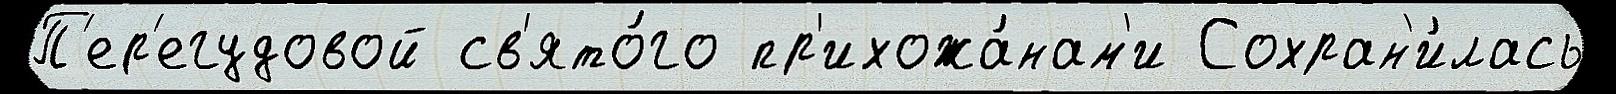
П'ер'егудовой св'ято́го пр'ихожа́нам'и Сохран'и́лась